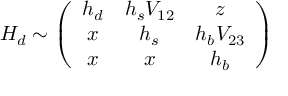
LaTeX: H _ { d } \sim \left( \begin{array} { c c c } { { h _ { d } } } & { { h _ { s } V _ { 1 2 } } } & { { z } } \\ { { x } } & { { h _ { s } } } & { { h _ { b } V _ { 2 3 } } } \\ { { x } } & { { x } } & { { h _ { b } } } \end{array} \right)